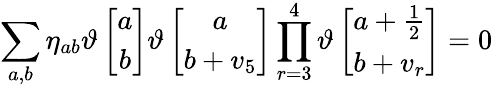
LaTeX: \sum_{a,b}\eta_{ab}\vartheta\left[\begin{array}{c}{{a}}\\ {{b}}\end{array}\right]\vartheta\left[\begin{array}{c}{{a}}\\ {{b+v_{5}}}\end{array}\right]\prod_{r=3}^{4}\vartheta\left[\begin{array}{c}{{a+\frac{1}{2}}}\\ {{b+v_{r}}}\end{array}\right]=0